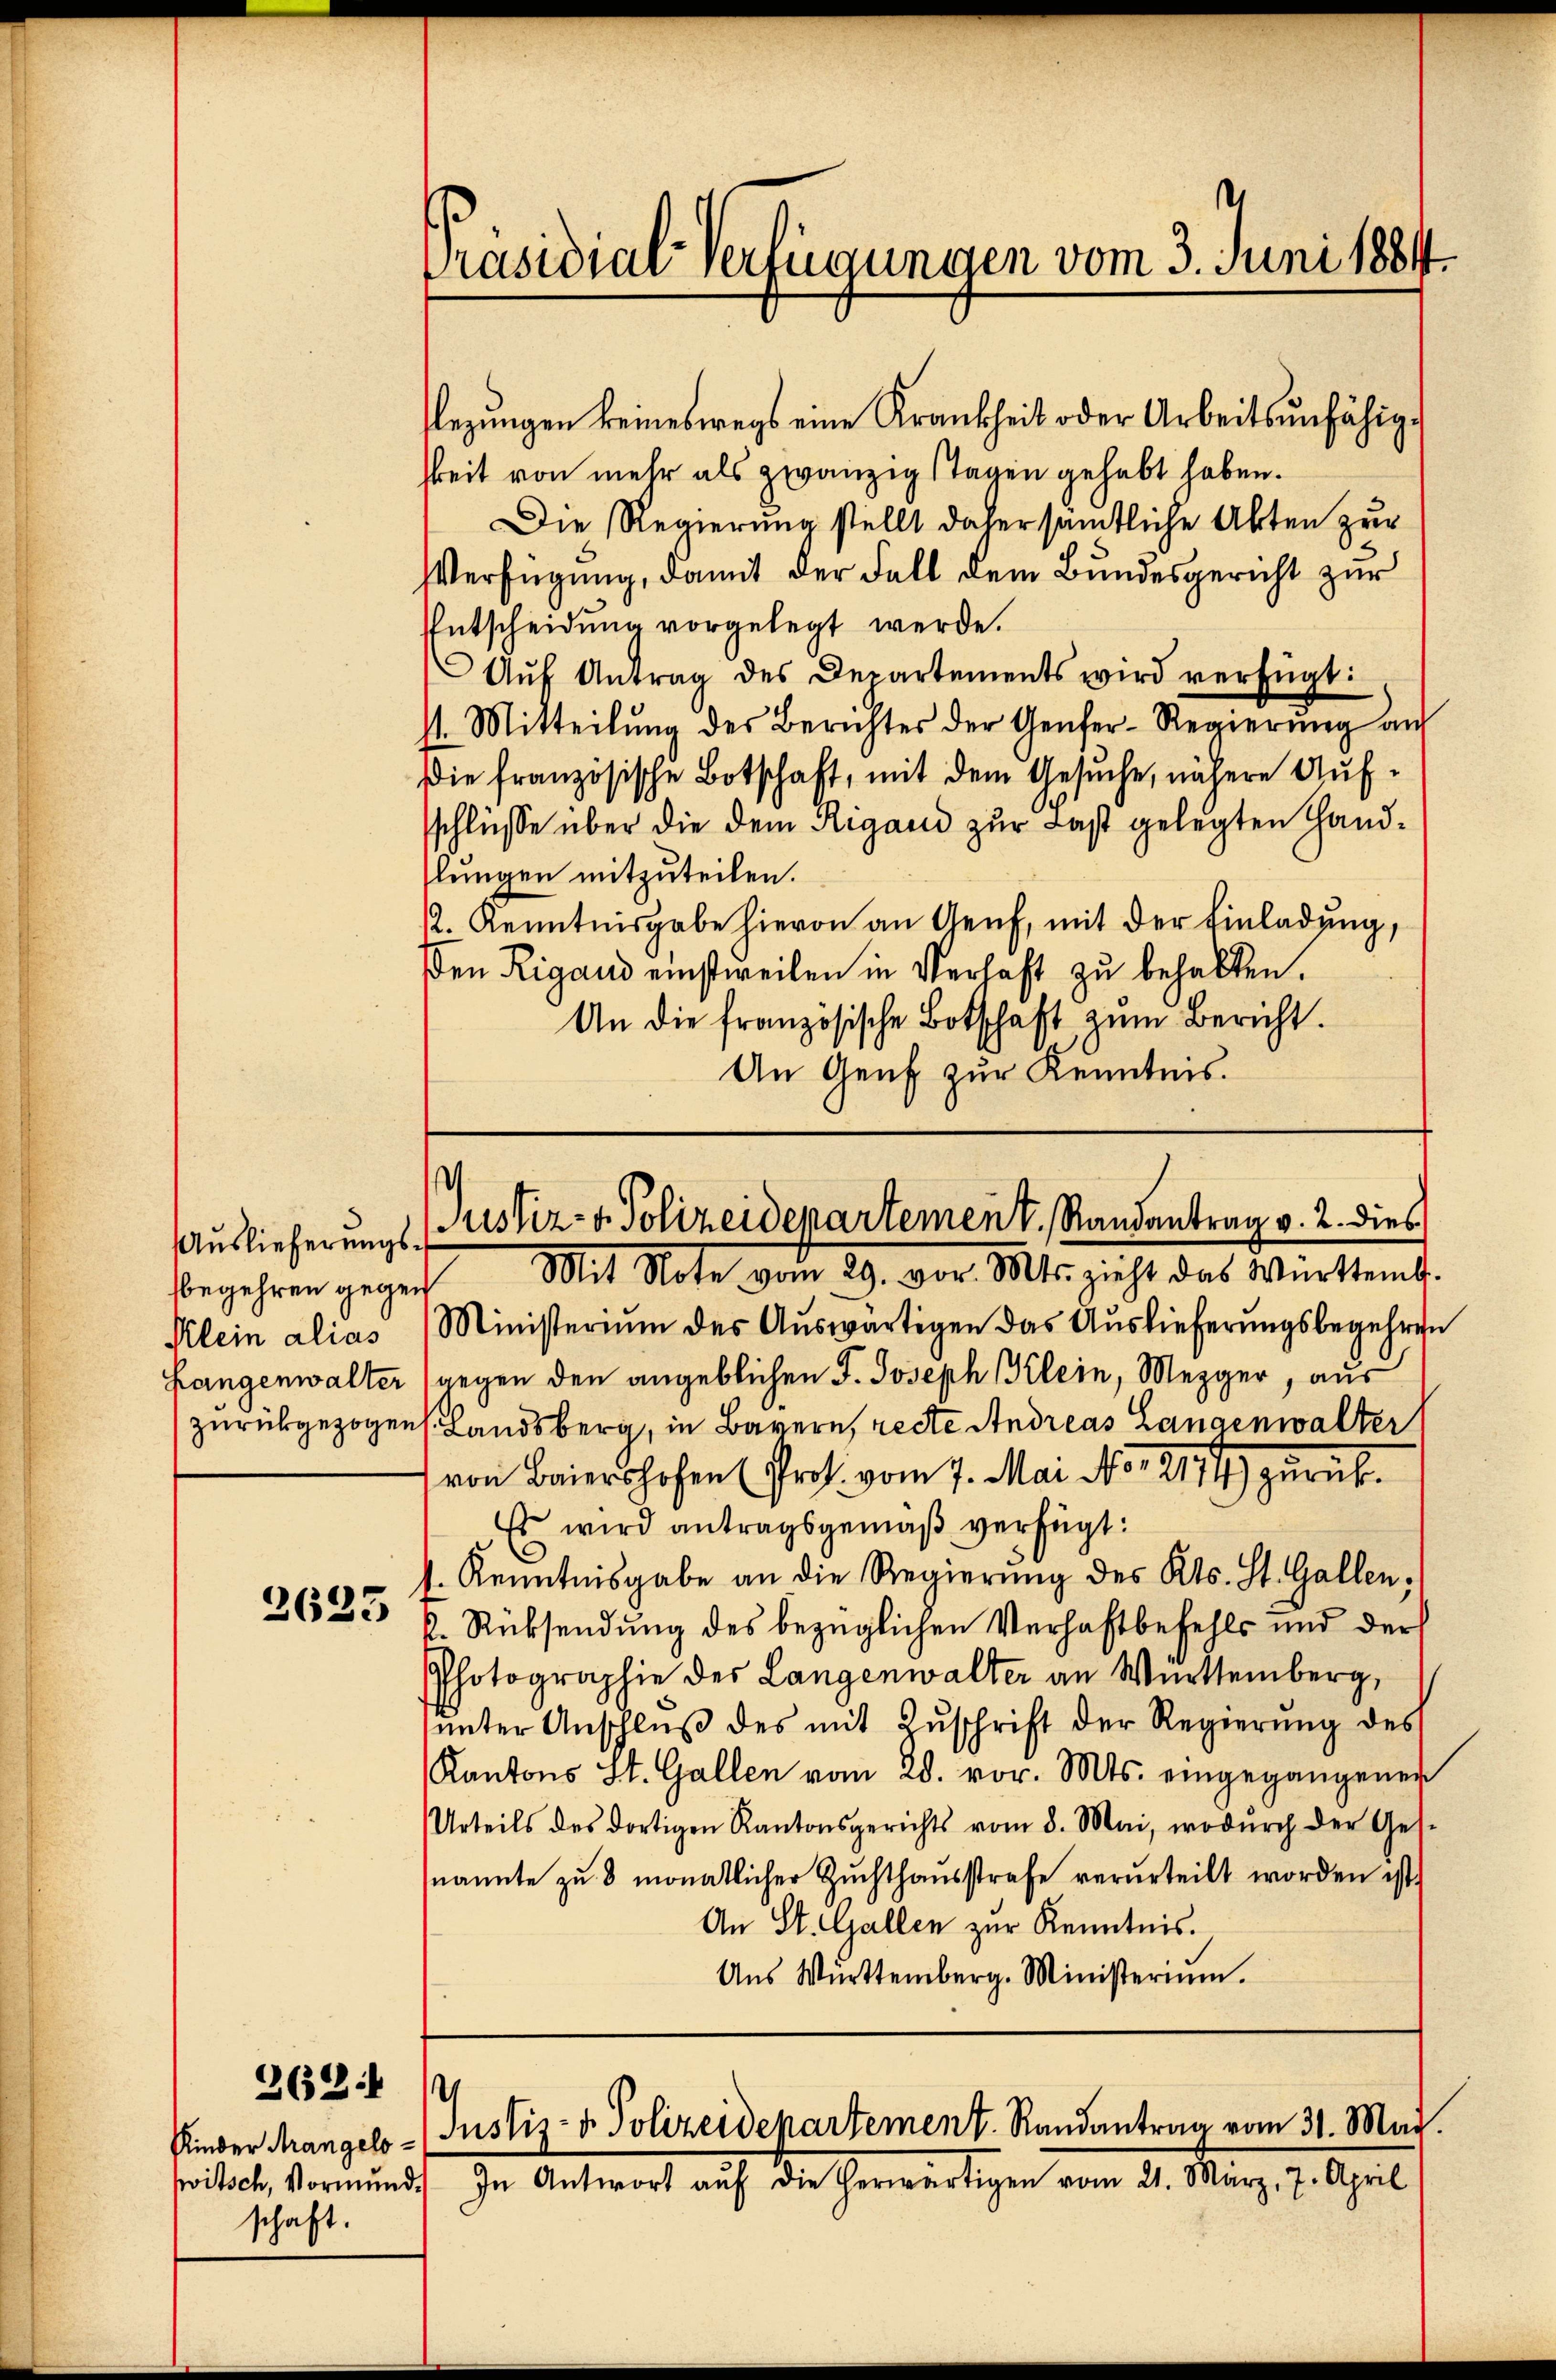
Auslieferungssbegehren gegen
Klein alias

2625

262:

sezungen keineswegs eine Krankheit oder Arbeitsunfähighkeit von mehr als zwanzigstagen gehabt haben.
Die Regierung stellt daher sämtliche Akten zur
Verfügung, damit der Fall dem Bundesgericht zur
Entscheidung vorgelegt werde.
Aŭf Antrag des Departements wird verfügt:
st. Mitteilung des Berichtes der Genfer-Regierung auf
Die französische Botschaft, mit dem Gesuche, nähere Aufsschlüsse über die dem Rigand zur Last gelegten Handlungen mitzuteilen.
12. Kenntnisgabe hievon an Genf, mit der Einladung,
en Rigand einstweilen in Verhaft zu behalten.
An die französische Botschaft zum Bericht.
An Genf zur Kenntnis.

Ministerium des Auswärtigen das Auslieferungsbegehren
Langenwalter langen den angeblichen F. Joseph Klein, Mezger, aus
zurückgezogen Landsberg, in Bayern, reste Andreas Langenwalter
von Baiershofen (Pros. vom 7. Mai No 2177) zurück¬
Es wird antragsgemäß verfügt:
s. Kenntnisgabe an die Regierung des Kts. St. Gallenk. Rücksendung des bezüglichen Verhaftbefehls und der
Photographie des Langenwalter an Württemberg,
ŭnter Anschlŭβ des mit Zŭschrift der Regierŭng des
Kantons St. Gallen vom 28. vor. Mts. eingegangenen
Urteils des dortigen Kantonsgerichts vom 8. Mai, wodŭrch der Ges.
nannte zŭ 8 monatlicher Zŭchthaŭsstrafe verurteilt worden ist.
An St. Gallen zur Kenntnis.
Aŭs Württemberg. Ministeriŭm.

Kinder Mangelsschaft.

Präsidial-Verfügungen vom 3. Juni 1884.

¬
Justiz- & Polizeidepartement. Randantrag v. 2. dies
Mit Note vom 29. vor. Mts. zicht das Würtemb.

.
Justiz- & Polizeidepartement. Randantrag vom 31. Mai.
witsch, Vormund. In Antwort aŭf die herwärtigen vom 21. März, 7. April